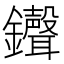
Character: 𫓠